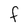
Character: f